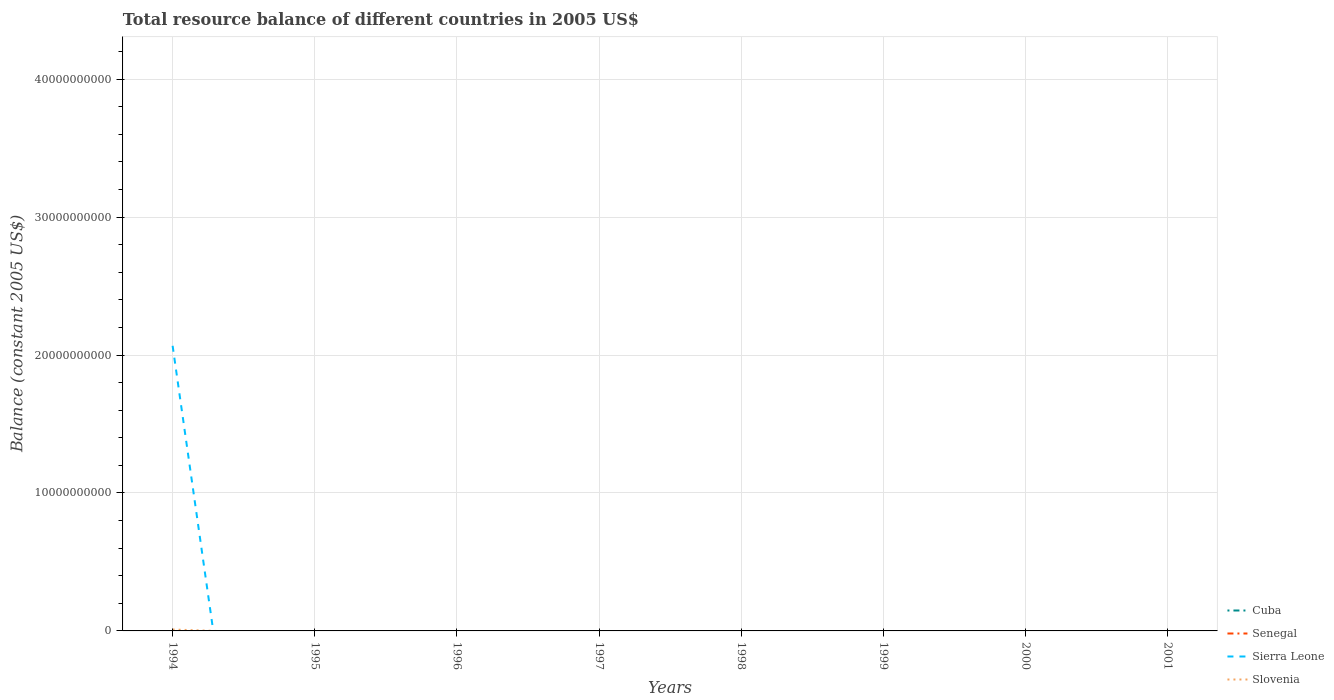
| Years | Cuba | Senegal | Sierra Leone | Slovenia |
 | --- | --- | --- | --- | --- |
 | 1994 | -2.73e+08 | -1.57e+11 | 2.07e+10 | 1.01e+08 |
 | 1995 | -5.97e+08 | -1.57e+11 | -5.16e+10 | -2.37e+08 |
 | 1996 | -5e+08 | -1.5e+11 | -1.28e+11 | -1.52e+08 |
 | 1997 | -7.37e+08 | -1.7e+11 | -1.57e+10 | -1.57e+08 |
 | 1998 | -1.03e+09 | -1.95e+11 | -7.58e+10 | -2.6e+08 |
 | 1999 | -7.92e+08 | -2.22e+11 | -7.36e+10 | -7.46e+08 |
 | 2000 | -8.61e+08 | -3.1e+11 | -2.83e+11 | -6.93e+08 |
 | 2001 | -9.16e+08 | -3.23e+11 | -4.28e+11 | -2.2e+08 |